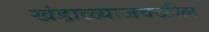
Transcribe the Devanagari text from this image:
खंडाळ्याजवळील